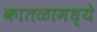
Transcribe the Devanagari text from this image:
कातळामध्ये